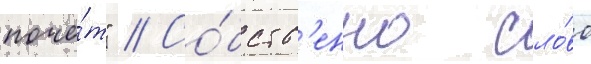
почё́т" // Со́бств'енно сло́во